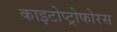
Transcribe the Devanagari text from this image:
काइटोप्ट्रोफोरस